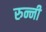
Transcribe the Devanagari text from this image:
रुन्नी